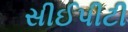
સીઈપીટી